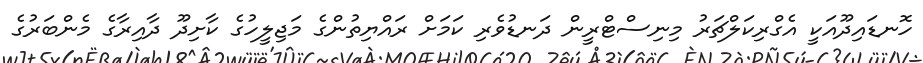
ހޮނޑައިދޫއަކީ އެގްރިކަލްޗަރު މިނިސްޓްރީން ދަނޑުވެރި ކަމަށް ރައްޔިތުންގެ މަޖިލީހުގެ ކާށިދޫ ދާއިރާގެ މެންބަރުގެ